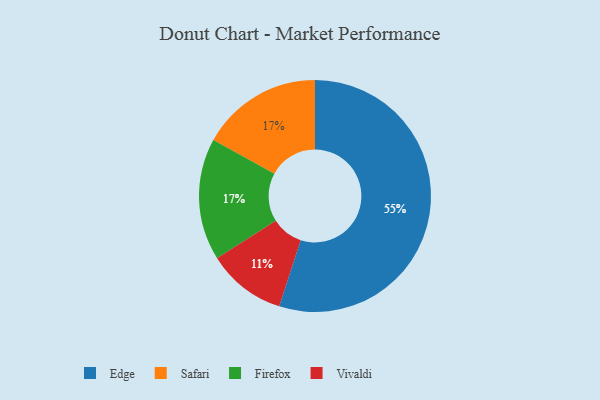
{"axis": {"x": "Category", "y": "Percentage"}, "legend": ["Edge", "Firefox", "Safari", "Vivaldi"], "data": [{"x": "Vivaldi", "y": 11, "type": "Vivaldi"}, {"x": "Edge", "y": 55, "type": "Edge"}, {"x": "Safari", "y": 17, "type": "Safari"}, {"x": "Firefox", "y": 17, "type": "Firefox"}]}